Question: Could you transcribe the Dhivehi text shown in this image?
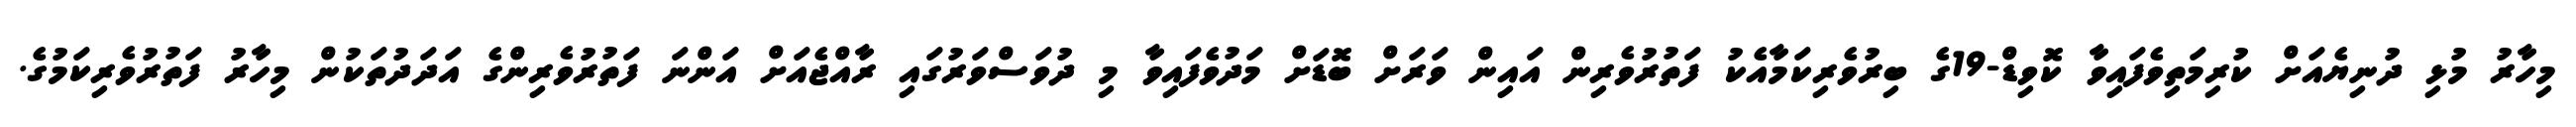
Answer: މިހާރު މުޅި ދުނިޔެއަށް ކުރިމަތިވެފައިވާ ކޮވިޑް-19ގެ ބިރުވެރިކަމާއެކު ފަތުރުވެރިން އައިން ވަރަށް ބޮޑަށް މަދުވެފައިވާ މި ދުވަސްވަރުގައި ރާއްޖެއަށް އަންނަ ފަތުރުވެރިންގެ އަދަދުތަކުން މިހާރު ފަތުރުވެރިކަމުގެ.